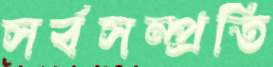
সর্বসম্প্রতি